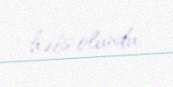
həbs olundu.